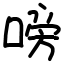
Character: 嗙